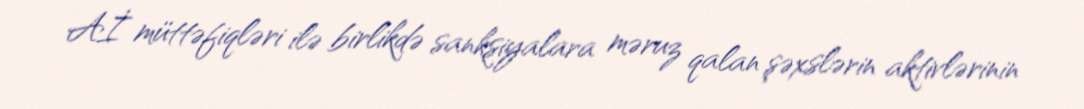
Aİ müttəfiqləri ilə birlikdə sanksiyalara məruz qalan şəxslərin aktivlərinin